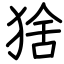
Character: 猞